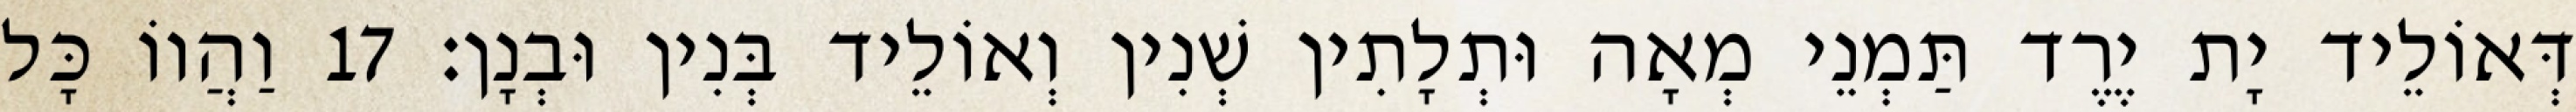
דְּאוֹלֵיד יָת יֶרֶד תַּמְנֵי מְאָה וּתְלָתִין שְׁנִין וְאוֹלֵיד בְּנִין וּבְנָן׃ 17 וַהֲווֹ כָּל